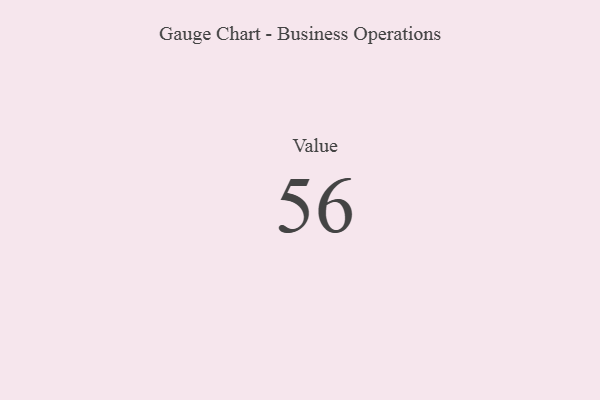
{"axis": {"x": "Metric", "y": "Value"}, "legend": [""], "data": [{"x": "Value", "y": 56, "type": ""}]}